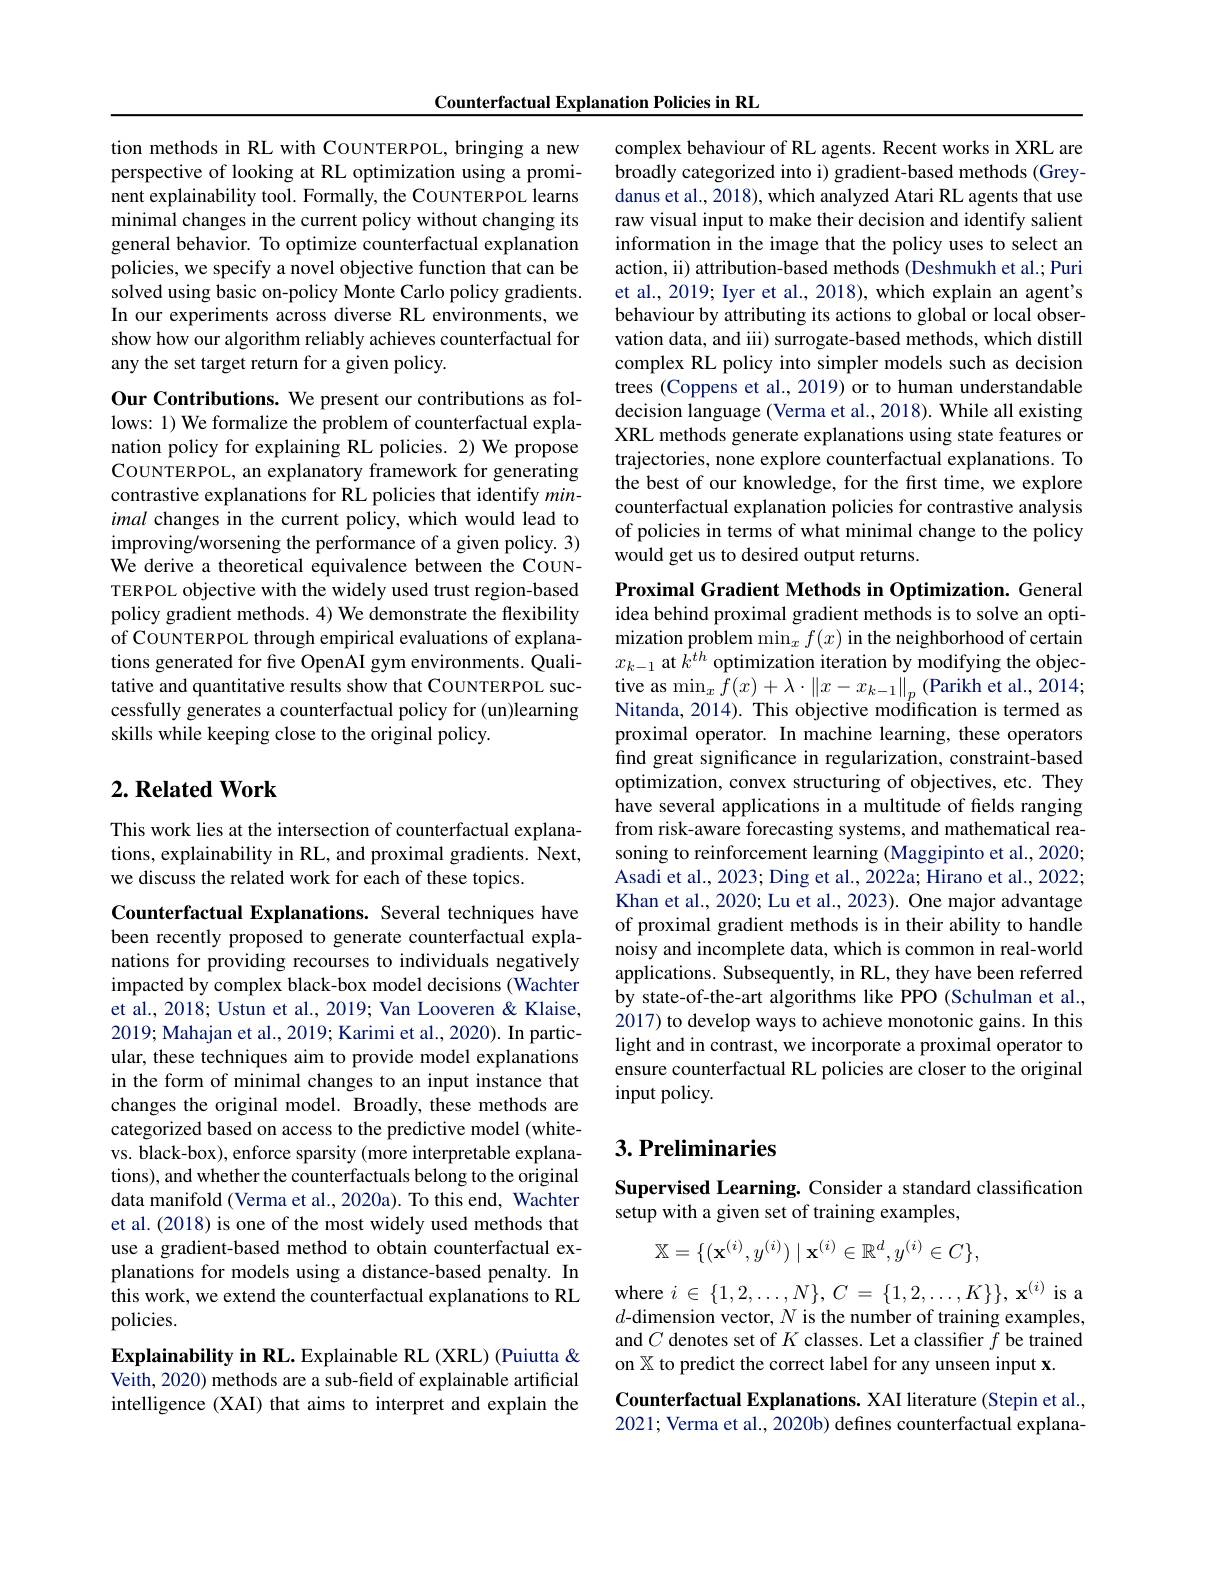
Counterfactual Explanation Policies in RL

tion methods in RL with COUNTERPOL, bringing a new perspective of looking at RL optimization using a prominent explainability tool. Formally, the CoUNTERPOL learns minimal changes in the current policy without changing its general behavior. To optimize counterfactual explanation policies, we specify a novel objective function that can be solved using basic on-policy Monte Carlo policy gradients. In our experiments across diverse RL environments, we show how our algorithm reliably achieves counterfactual for any the set target return for a given policy.

Our Contributions. We present our contributions as follows: 1) We formalize the problem of counterfactual explanation policy for explaining RL policies. 2) We propose COUNTERPOL, an explanatory framework for generating contrastive explanations for RL policies that identify $min-$ imal changes in the current policy, which would lead to improving/worsening the performance of a given policy. 3) We derive a theoretical equivalence between the COUNTERPOL objective with the widely used trust region-based policy gradient methods. 4) We demonstrate the flexibility of COUNTERPOL through empirical evaluations of explanations generated for five OpenAI gym environments. Qualitative and quantitative results show that COUNTERPOL successfully generates a counterfactual policy for (un)learning skills while keeping close to the original policy.

## $2. \textbf{Related Work}$

This work lies at the intersection of counterfactual explanations, explainability in RL, and proximal gradients. Next, we discuss the related work for each of these topics.

Counterfactual Explanations. Several techniques have been recently proposed to generate counterfactual explanations for providing recourses to individuals negatively impacted by complex black-box model decisions (Wachter et al., 2018; Ustun et al., 2019; Van Looveren & Klaise, 2019; Mahajan et al., 2019; Karimi et al., 2020). In particular, these techniques aim to provide model explanations in the form of minimal changes to an input instance that changes the original model. Broadly, these methods are categorized based on access to the predictive model (whitevs. black-box), enforce sparsity (more interpretable explanations), and whether the counterfactuals belong to the original data manifold (Verma et al., 2020a). To this end, Wachter et al. (2018) is one of the most widely used methods that use a gradient-based method to obtain counterfactual explanations for models using a distance-based penalty. In this work, we extend the counterfactual explanations to RL policies.

Explainability in RL. Explainable RL (XRL) (Puiutta & Veith, 2020) methods are a sub-field of explainable artificial intelligence (XAI) that aims to interpret and explain the

complex behaviour of RL agents. Recent works in XRL are broadly categorized into i) gradient-based methods (Greydanus et al., 2018), which analyzed Atari RL agents that use raw visual input to make their decision and identify salient information in the image that the policy uses to select an action, ii) attribution-based methods (Deshmukh et al.; Puri et al., 2019; Iyer et al., 2018), which explain an agent's behaviour by attributing its actions to global or local observation data, and iii) surrogate-based methods, which distill complex RL policy into simpler models such as decision trees (Coppens et al., 2019) or to human understandable decision language (Verma et al., 2018). While all existing XRL methods generate explanations using state features or trajectories, none explore counterfactual explanations. To the best of our knowledge, for the first time, we explore counterfactual explanation policies for contrastive analysis of policies in terms of what minimal change to the policy would get us to desired output returns.

Proximal Gradient Methods in Optimization. General idea behind proximal gradient methods is to solve an optimization problem $\min_xf(x)$ in the neighborhood of certain $x_{k-1}$ at $k^th$ optimization iteration by modifying the objec- $\mathop{\text{tive as}}\operatorname*{min}_{x}\bar{f}(x)+\lambda\cdot\left\|x-x_{k-1}\right\|_{p}(\mathop{\mathrm{Parikh~et~al.,~2014;}}$ Nitanda, 2014). This objective modification is termed as proximal operator. In machine learning, these operators find great significance in regularization, constraint-based optimization, convex structuring of objectives, etc. They have several applications in a multitude of fields ranging from risk-aware forecasting systems, and mathematical reasoning to reinforcement learning (Maggipinto et al., 2020; Asadi et al., 2023; Ding et al., 2022a; Hirano et al., 2022; Khan et al., 2020; Lu et al., 2023). One major advantage of proximal gradient methods is in their ability to handle noisy and incomplete data, which is common in real-world applications. Subsequently, in RL, they have been referred by state-of-the-art algorithms like PPO (Schulman et al., 2017) to develop ways to achieve monotonic gains. In this light and in contrast, we incorporate a proximal operator to ensure counterfactual RL policies are closer to the original input policy.

# $3. \textbf{Preliminaries}$

## Supervised Learning. Consider a standard classification setup with a given set of training examples,
$$\mathbb{X}=\{(\mathbf{x}^{(i)},y^{(i)})\mid\mathbf{x}^{(i)}\in\mathbb{R}^{d},y^{(i)}\in C\},$$
where $i\in\{1,2,\ldots,N\},C=\{1,2,\ldots,K\}\},\mathbf{x}^{(i)}$ is a $d$-dimension vector, N is the number of training examples, and $C$ denotes set of $K$ classes. Let a classifier $f$ be trained on $\mathbb{X}$ to predict the correct label for any unseen input x.

Counterfactual Explanations. XAI literature (Stepin et al., 2021; Verma et al., 2020b) defines counterfactual explana-